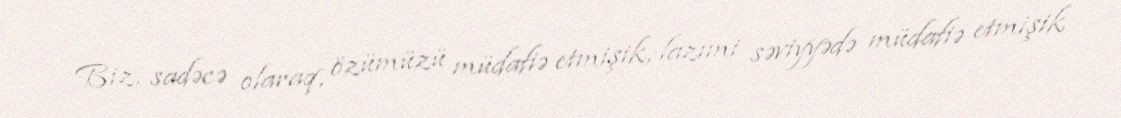
Biz, sadəcə olaraq, özümüzü müdafiə etmişik, lazımi səviyyədə müdafiə etmişik